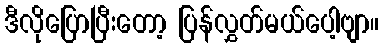
ဒီလိုပြောပြီးတော့ ပြန်လွှတ်မယ်ပေါ့ဗျာ။